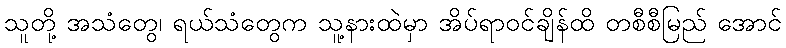
သူတို့ အသံတွေ၊ ရယ်သံတွေက သူ့နားထဲမှာ အိပ်ရာဝင်ချိန်ထိ တစီစီမြည် အောင်